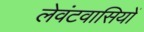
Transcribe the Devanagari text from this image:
लेवंटवासियों